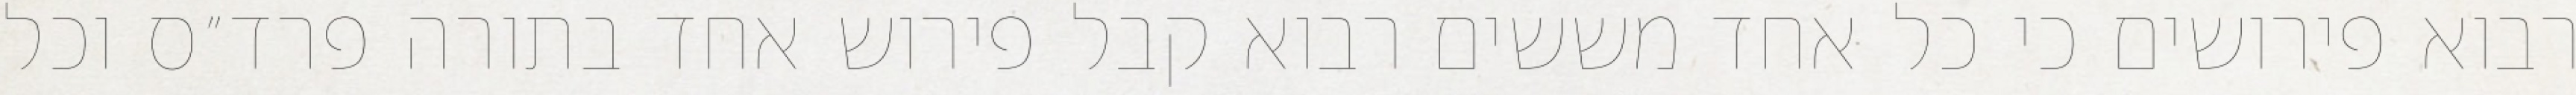
רבוא פירושים כי כל אחד מששים רבוא קבל פירוש אחד בתורה פרד״ס וכל